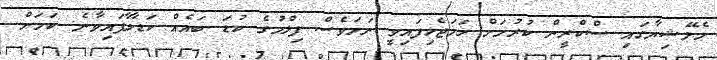
މެލޭޝިޔާގައި ސްކްރީން ކުރުމަށް ހަމަޖެހިފައިވީ ނަމަވެސް ފިލްމުގެ ކުޑަ ބައެއް ކަޑާލާފައިވާނެ ކަމަށް